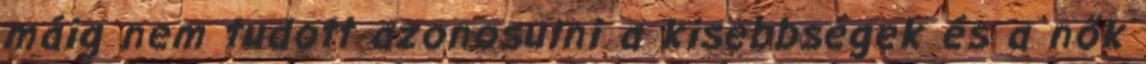
máig nem tudott azonosulni a kisebbségek és a nők